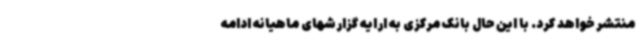
منتشر خواهد کرد. با این حال بانک مرکزی به ارایه گزارشهای ماهیانه ادامه